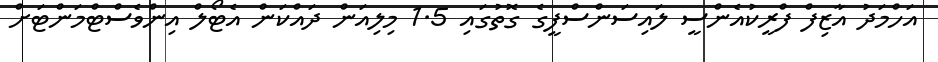
އަހްމަދު އާޒިފް ފްރީކުއެންސީ ލައިސަންސްފީގެ ގޮތުގައި 1.5 މިލިއަން ދައްކަން އެޓޯލް އިންވެސްޓްމަންޓަށް